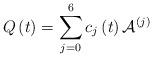
LaTeX: \begin{align*}Q\left( t\right) =\sum_{j=0}^{6}c_{j}\left( t\right) \mathcal{A}^{\left(j\right) } \end{align*}